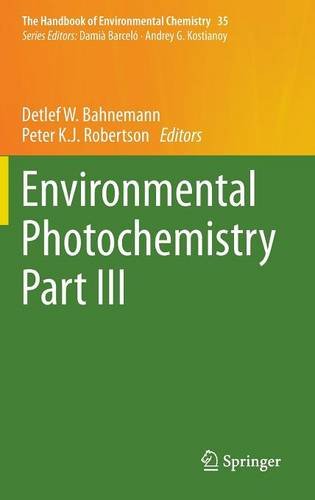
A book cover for Environmental Photochemistry Part III (The Handbook of Environmental Chemistry); Science & Math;